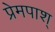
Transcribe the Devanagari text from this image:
प्रेमपाश्